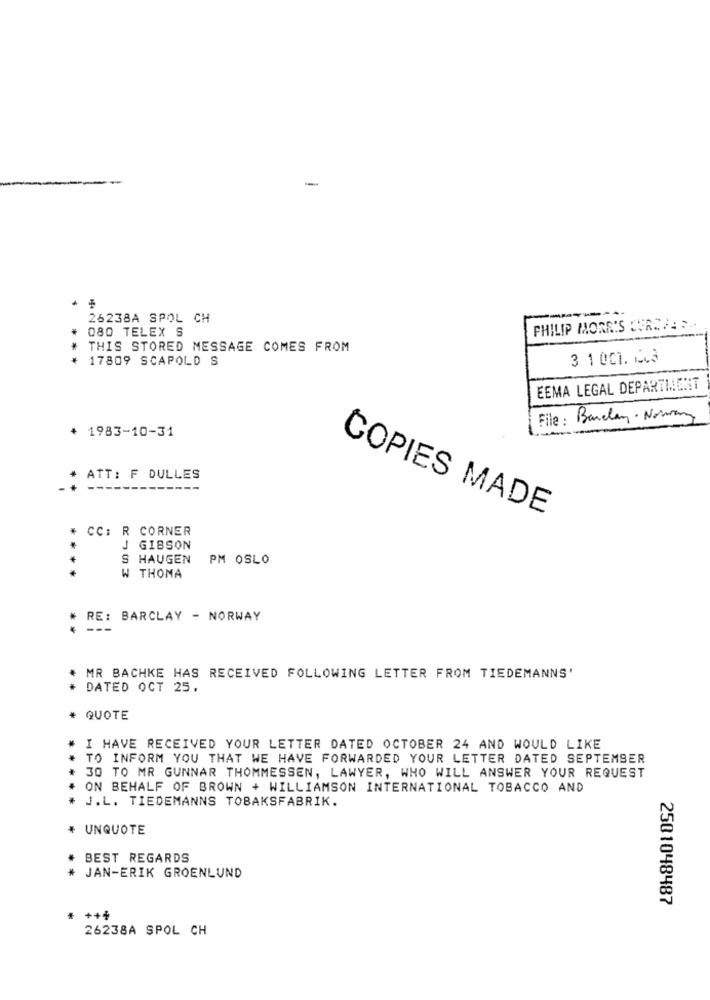
-
26238A SPOL CH
# 080 TELEX S
PHILIP MORRIS COACHES ..
THIS STORED MESSAGE COMES FROM
+ 17809 SCAPOLD S
3 1 001. 163
EEMA LEGAL DEPARTMENT
File : Barclay- Noway
+ 1983-10-31
ATT: F DULLES
COPIES MADE
* CC: R CORNER
J GIBSON
SHAUGEN
PM OSLO
THOMA
# RE: BARCLAY - NORWAY
---
. MR BACHKE HAS RECEIVED FOLLOWING LETTER FROM TIEDEMANNS'
* DATED OCT 25.
# QUOTE
I HAVE RECEIVED YOUR LETTER DATED OCTOBER 24 AND WOULD LIKE
TO INFORM YOU THAT WE HAVE FORWARDED YOUR LETTER DATED SEPTEMBER
30 TO MR GUNNAR THOMMESSEN, LAWYER, WHO WILL ANSWER YOUR REQUEST
ON BEHALF OF BROWN + WILLIAMSON INTERNATIONAL TOBACCO AND
J.L. TIEDEMANNS TOBAKSFABRIK.
# UNQUOTE
BEST REGARDS
* JAN-ERIK GROENLUND
2501048487
+++
26238A SPOL CH